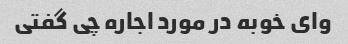
وای خوبه در مورد اجاره چی گفتی